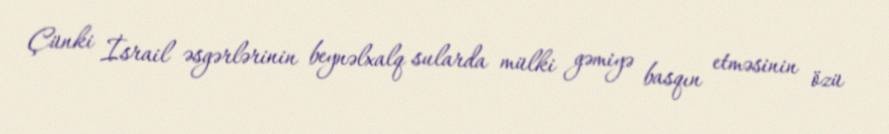
Çünki İsrail əsgərlərinin beynəlxalq sularda mülki gəmiyə basqın etməsinin özü